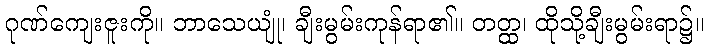
ဂုဏ်ကျေးဇူးကို။ ဘာသေယျုံ၊ ချီးမွမ်းကုန်ရာ၏။ တတ္ထ၊ ထိုသို့ချီးမွမ်းရာ၌။